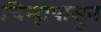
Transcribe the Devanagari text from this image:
चिन्हापासून